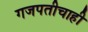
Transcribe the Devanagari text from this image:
गजपतीचाही